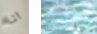
انا جثتك